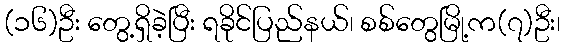
(၁၆)ဦး တွေ့ရှိခဲ့ပြီး ရခိုင်ပြည်နယ်၊ စစ်တွေမြို့က(၇)ဦး၊